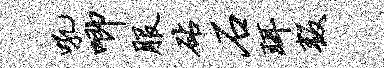
吼唧服砧石珥叛